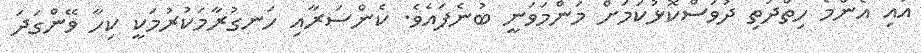
އައި އެންމެ ހިތްދަތި ދުވަސްކޮޅުކަމަށް މަންމަވަނީ ބުނެފައެވެ. ކެންސަރާއި ހަނގުރާމަކުރުމަކީ ކިހާ ވޭންގަދަ